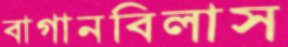
বাগানবিলাস